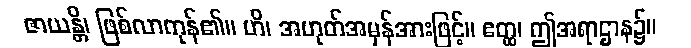
ဇာယန္တိ၊ ဖြစ်လာကုန်၏။ ဟိ၊ အဟုတ်အမှန်အားဖြင့်။ ဧတ္ထ၊ ဤအရာဌာန၌။